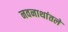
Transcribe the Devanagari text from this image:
नवनाथांतले